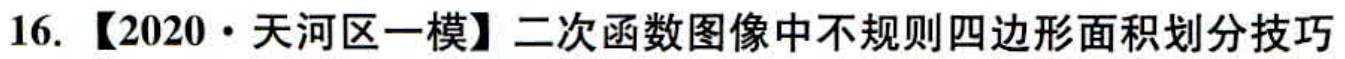
16. 【2020·天河区一模】二次函数图像中不规则四边形面积划分技巧